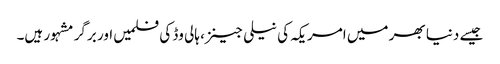
جیسے دنیا بھر میں امریکہ کی نیلی جینز، ہالی وڈ کی فلمیں اور برگر مشہور ہیں۔